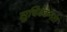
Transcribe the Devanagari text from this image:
सुचिक्कनता